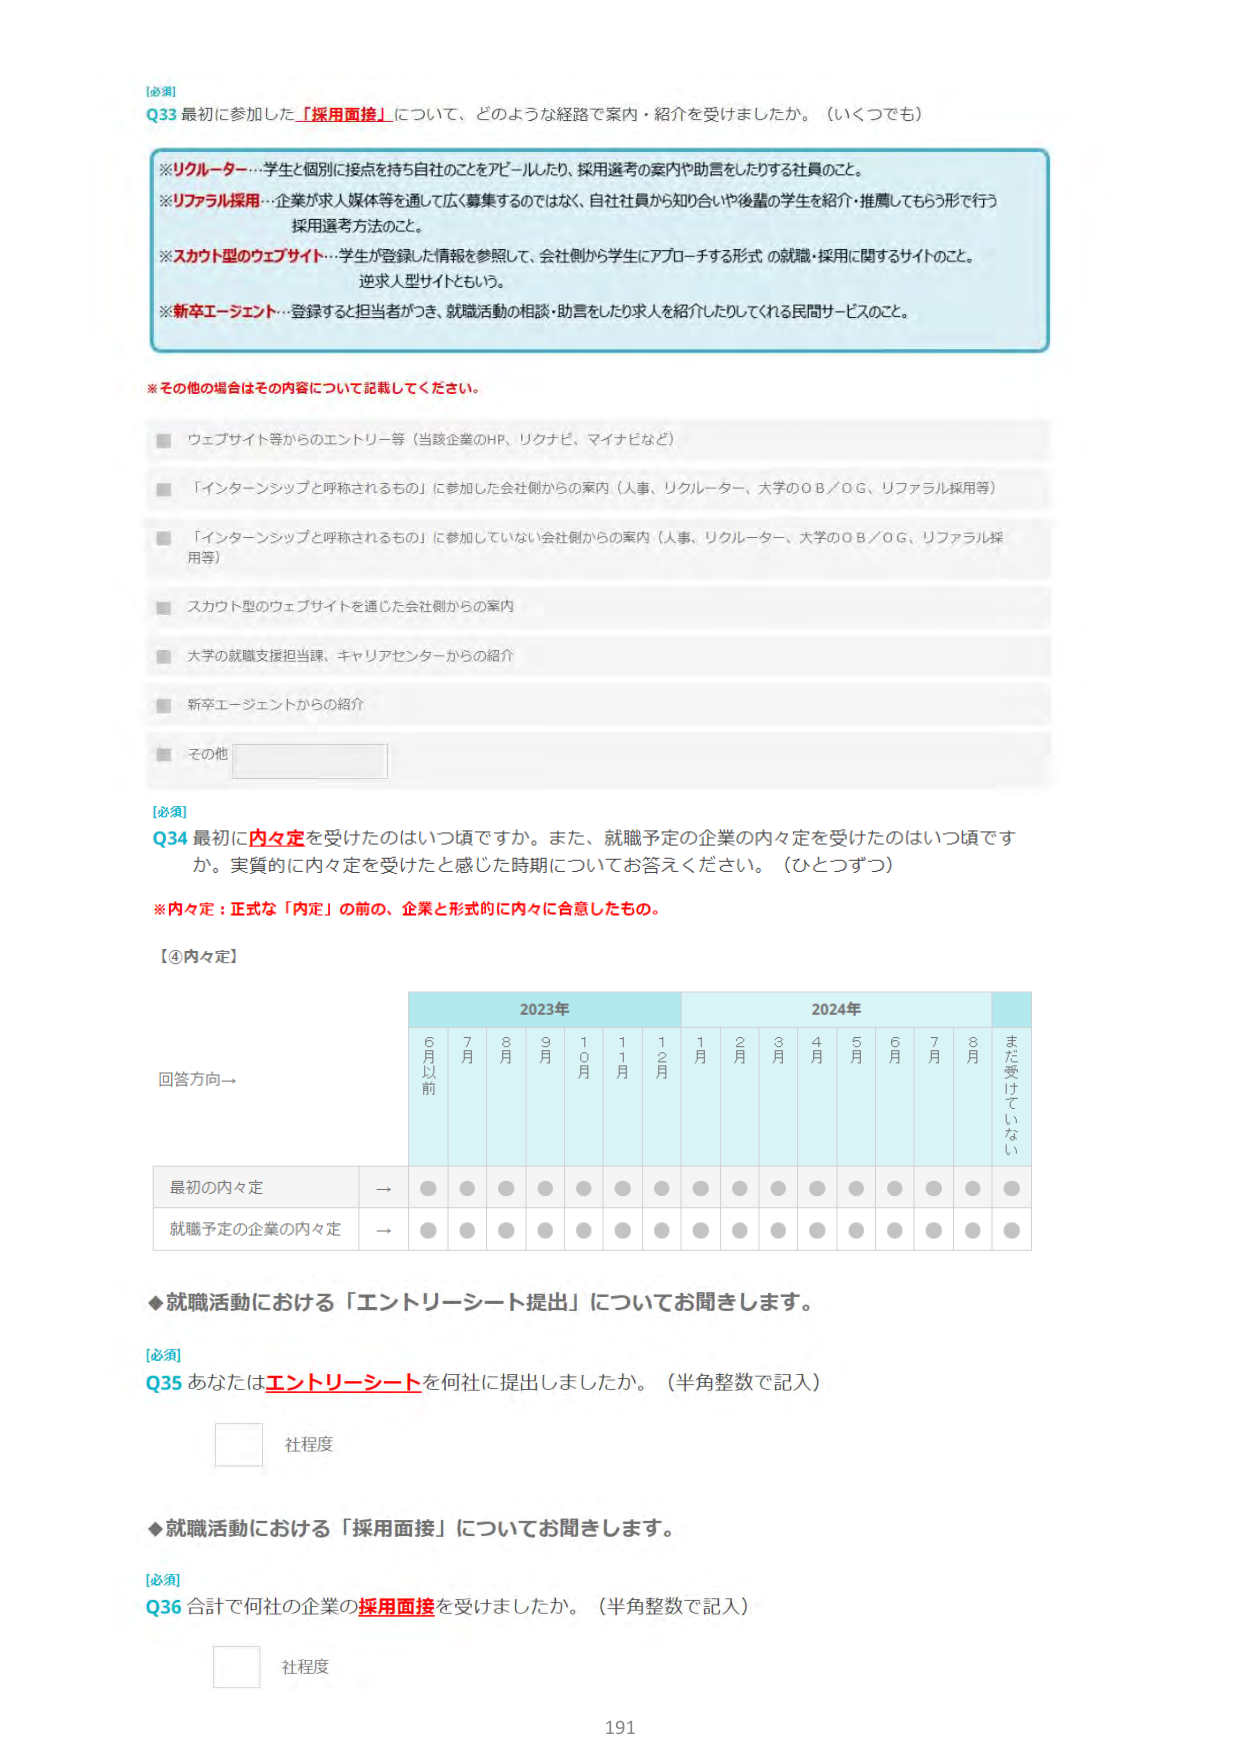
[必須]
Q33 最初に参加した「採用面接」について、どのような経路で案内・紹介を受けましたか。（いくつでも）

※リクルーター…学生と個別に接点を持ち自社のことをアピールしたり、採用選考の案内や助言をしたりする社員のこと。
※リファラル採用…企業が求人媒体等を通して広く募集するのではなく、自社社員から知り合いや後輩の学生を紹介・推薦してもらう形で行う採用選考方法のこと。
※スカウト型のウェブサイト…学生が登録した情報を参照して、会社側から学生にアプローチする形式の就職・採用に関するサイトのこと。逆求人型サイトともいう。
※新卒エージェント…登録すると担当者がつき、就職活動の相談・助言をしたり求人を紹介したりしてくれる民間サービスのこと。

※その他の場合はその内容について記載してください。

■ ウェブサイト等からのエントリー等（当該企業のHP、リクナビ、マイナビなど）
■ 「インターンシップと呼称されるもの」に参加した会社側からの案内（人事、リクルーター、大学のOB／OG、リファラル採用等）
■ 「インターンシップと呼称されるもの」に参加していない会社側からの案内（人事、リクルーター、大学のOB／OG、リファラル採用等）
■ スカウト型のウェブサイトを通じた会社側からの案内
■ 大学の就職支援担当課、キャリアセンターからの紹介
■ 新卒エージェントからの紹介
■ その他

[必須]
Q34 最初に内々定を受けたのはいつ頃ですか。また、就職予定の企業の内々定を受けたのはいつ頃ですか。実質的に内々定を受けたと感じた時期についてお答えください。（ひとつずつ）

※内々定：正式な「内定」の前の、企業と形式的に内々に合意したもの。

【①内々定】

回答方向→

2023年